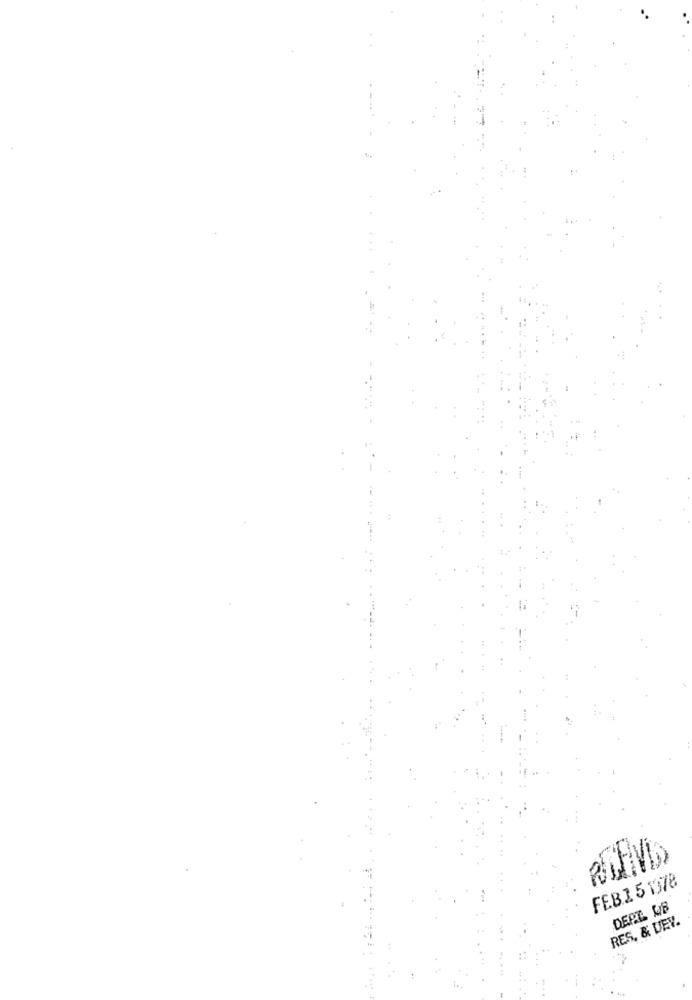
FEB.1 5 1378
DEPT. WB
RES. & UEV.